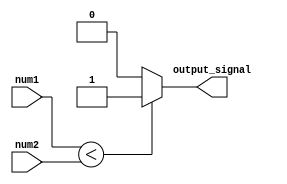
module less_than_comparator (
    input [7:0] num1,
    input [7:0] num2,
    output reg output_signal
);

always @(*) begin
    if (num1 < num2) begin
        output_signal <= 1;
    end else begin
        output_signal <= 0;
    end
end

endmodule